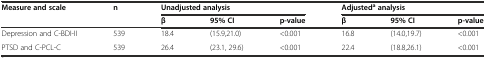
<table><thead><tr><td rowspan="2"><b>Measure and scale</b></td><td rowspan="2"><b>n</b></td><td colspan="3"><b>Unadjusted analysis</b></td><td colspan="3"><b>Adjusted<sup>a</sup>analysis</b></td></tr><tr><td><b>β</b></td><td><b>95% CI</b></td><td><b>p-value</b></td><td><b>β</b></td><td><b>95% CI</b></td><td><b>p-value</b></td></tr></thead><tbody><tr><td>Depression and C-BDI-II</td><td>539</td><td>18.4</td><td>(15.9,21.0)</td><td>&lt;0.001</td><td>16.8</td><td>(14.0,19.7)</td><td>&lt;0.001</td></tr><tr><td>PTSD and C-PCL-C</td><td>539</td><td>26.4</td><td>(23.1, 29.6)</td><td>&lt;0.001</td><td>22.4</td><td>(18.8,26.1)</td><td>&lt;0.001</td></tr></tbody></table>